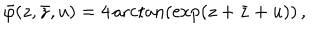
\tilde { \varphi } ( z , \bar { z } , u ) = 4 \operatorname { a r c t a n } \left( \exp ( z + \bar { z } + u ) \right) \, ,